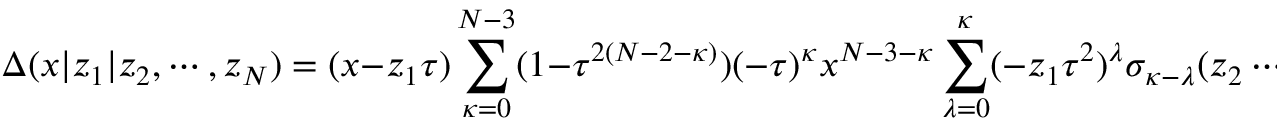
\Delta ( x | z _ { 1 } | z _ { 2 } , \cdots , z _ { N } ) = ( x - z _ { 1 } \tau ) \sum _ { \kappa = 0 } ^ { N - 3 } ( 1 - \tau ^ { 2 ( N - 2 - \kappa ) } ) ( - \tau ) ^ { \kappa } x ^ { N - 3 - \kappa } \sum _ { \lambda = 0 } ^ { \kappa } ( - z _ { 1 } \tau ^ { 2 } ) ^ { \lambda } \sigma _ { \kappa - \lambda } ( z _ { 2 } \cdots z _ { N } ) ,